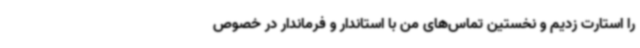
را استارت زدیم و نخستین تماس‌های من با استاندار و فرماندار در خصوص